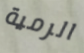
الرمية